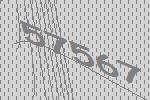
57567